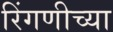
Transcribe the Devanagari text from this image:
रिंगणीच्या